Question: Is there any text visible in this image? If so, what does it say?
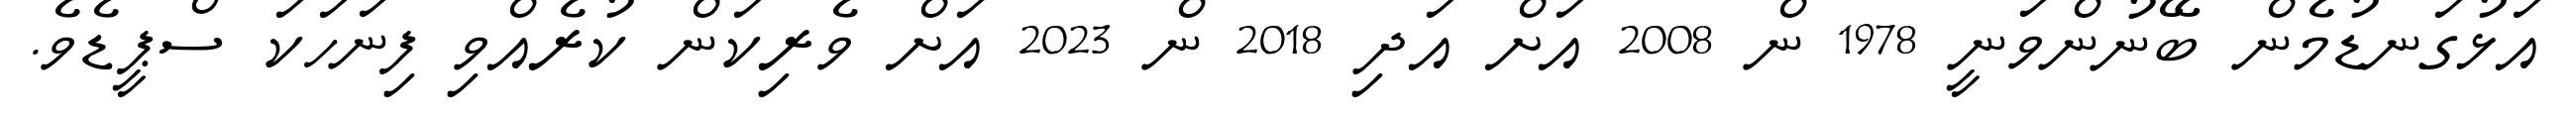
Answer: އަޅުގަނޑުމެން ބޭނުންވަނީ 1978 ން 2008 އަށް އަދި 2018 ން 2023 އަށް ވެރިކަން ކުރެއްވި ފިނަހަކަ ސްޕީޑެވެ.